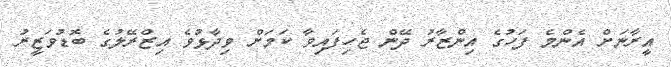
އީރާނަށް އެންމެ ފަހުގެ އިންޒާރު ދޭން ޖެހިފައިވާ ކަމަށް ވިދާޅުވެ އިޒްރޭލުގެ ބޮޑުވަޒީރު